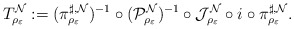
\begin{align*}T^{\mathcal N}_{\rho_{\varepsilon}}:=(\pi^{\sharp,\mathcal N}_{\rho_{\varepsilon}})^{-1}\circ (\mathcal P^{\mathcal N}_{\rho_{\varepsilon}})^{-1}\circ \mathcal J^{\mathcal N}_{\rho_{\varepsilon}}\circ i \circ \pi^{\sharp,\mathcal N}_{\rho_{\varepsilon}}.\end{align*}